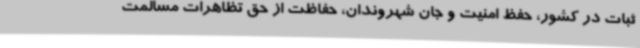
ثبات در کشور، حفظ امنیت و جان شهروندان، حفاظت از حق تظاهرات مسالمت